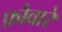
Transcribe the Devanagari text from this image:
फ़ौवारे